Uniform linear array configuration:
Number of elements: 12
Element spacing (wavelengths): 0.5
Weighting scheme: uniform
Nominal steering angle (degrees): -15
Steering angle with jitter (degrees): -13.355
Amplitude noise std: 0.05
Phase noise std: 0.05

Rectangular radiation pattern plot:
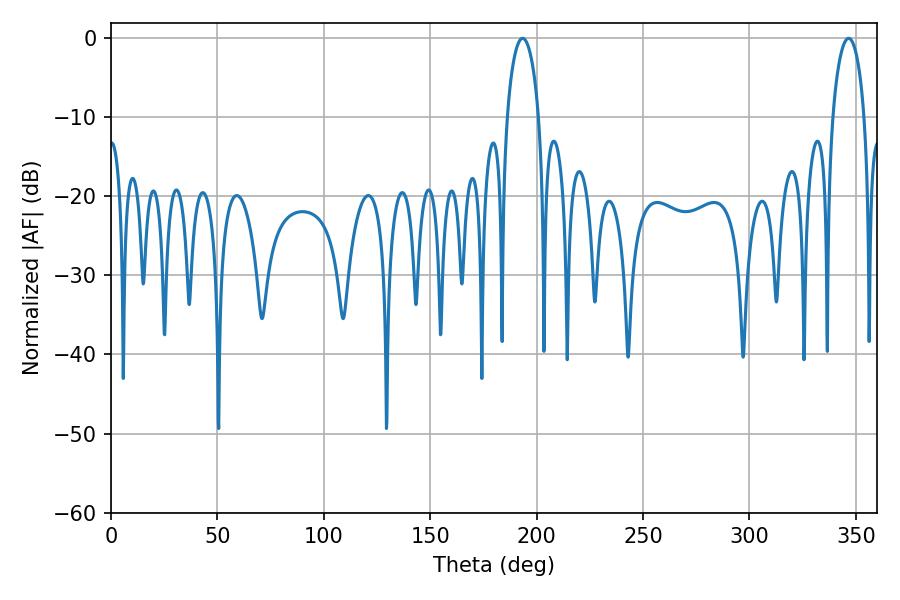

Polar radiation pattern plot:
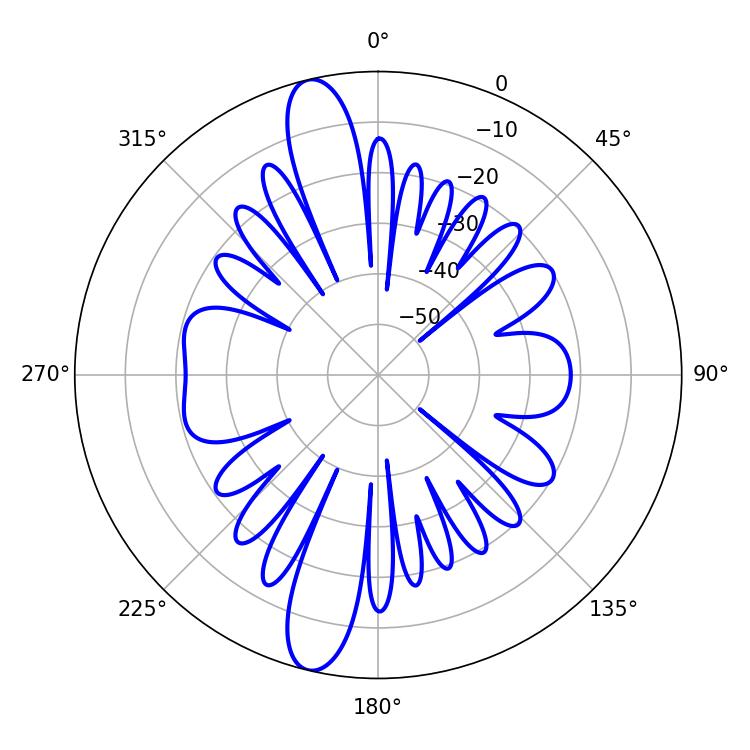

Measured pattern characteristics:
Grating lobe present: FALSE
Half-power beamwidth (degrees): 8.46
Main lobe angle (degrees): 193.5